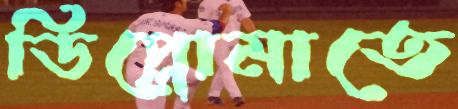
ডিপ্লোমাতে